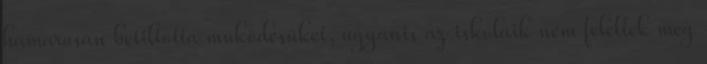
hamarosan betiltotta működésüket, ugyanis az iskoláik nem feleltek meg